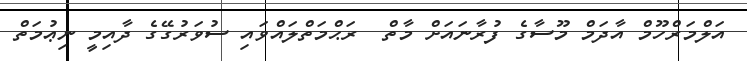
އަލްމަރްހޫމް އާދަމް މޫސާގެ ފުރާނައަށް މާތް  ރަޙްމަތްލައްވައި ސުވަރުގޭގެ ދާއިމީ ނިޢުމަތް